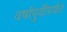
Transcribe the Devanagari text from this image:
वर्षांपुर्वीपर्यंत